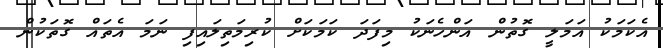
އެކަމަކު އަމަލީ ގޮތުން އަންހެނަކު މިފަދަ ކަމަކަށް ކުރިމަތިލައިފި ނަމަ އެތައް ގޮތަކުން